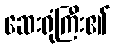
ဆေးရုံကြီး၏